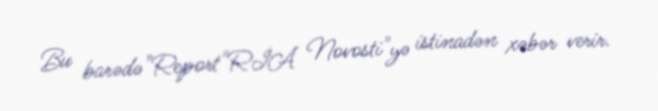
Bu barədə"Report"RİA Novosti"yə istinadən xəbər verir.